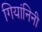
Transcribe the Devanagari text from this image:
गियांनिनी